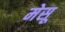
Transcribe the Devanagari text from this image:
मेसू